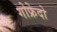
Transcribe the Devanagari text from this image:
गोफ्रेदो